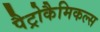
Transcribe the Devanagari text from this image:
पैट्रोकैमिकल्स